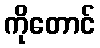
ကိုတောင်